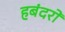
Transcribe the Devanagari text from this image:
हबंदरों